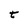
Character: t